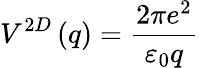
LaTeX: V^{2D}\left(q\right)=\frac{2\pi e^{2}}{{\varepsilon}_{0}q}